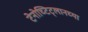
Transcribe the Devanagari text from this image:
टेनोच्टिट्लानच्या